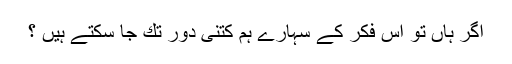
اگر ہاں تو اس فكر كے سہارے ہم كتنی دور تك جا سكتے ہیں ؟